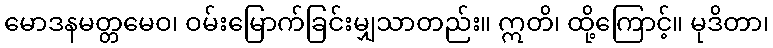
မောဒနမတ္တမေဝ၊ ဝမ်းမြောက်ခြင်းမျှသာတည်း။ ဣတိ၊ ထို့ကြောင့်။ မုဒိတာ၊